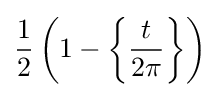
{\frac {1}{2}}\left(1-\left\{{\frac {t}{2\pi }}\right\}\right)